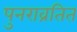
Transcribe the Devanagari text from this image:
पुनराव्रतित